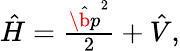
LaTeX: \begin{array}{r}{\hat{H}=\frac{\hat{\b{p}}^{2}}{2}+\hat{V},}\end{array}